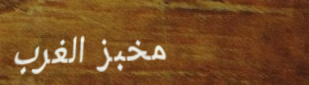
مخبز الغرب